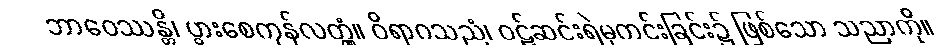
ဘာဝေဿန္တိ၊ ပွားစေကုန်လတ္တံ့။ ဝိရာဂသညံ၊ ဝဋ်ဆင်းရဲမှကင်းခြင်း၌ ဖြစ်သော သညာကို။